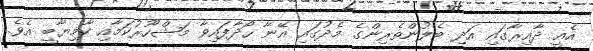
އެއީ ދާއިރާގައި އަދި ބެލުންތެރިންގެ މެދުގައި އޭނާ ހޯދާފައިވާ މަޝްހޫރުކަމާއި ކާމިޔާބީ އެވެ.